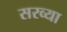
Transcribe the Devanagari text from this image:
सरव्या